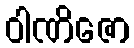
ဝါဏိဇော